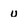
Character: u